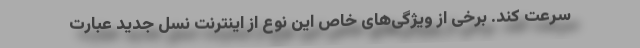
سرعت کند. برخی از ویژگی‌های خاص این نوع از اینترنت نسل جدید عبارت